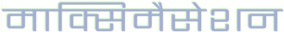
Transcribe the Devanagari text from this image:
माक्सिमैसेशन